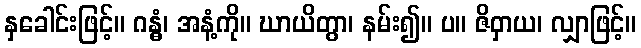
နှခေါင်းဖြင့်။ ဂန္ဓံ၊ အနံ့ကို။ ဃာယိတွာ၊ နမ်း၍။ ပ။ ဇိဝှာယ၊ လျှာဖြင့်။